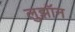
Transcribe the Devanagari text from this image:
लुझॉन